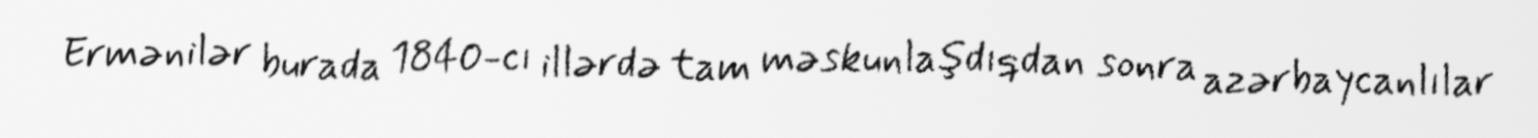
Ermənilər burada 1840-cı illərdə tam məskunlaşdıqdan sonra azərbaycanlılar